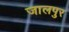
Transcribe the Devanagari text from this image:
जालपुर